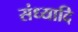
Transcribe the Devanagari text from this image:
संध्यादि